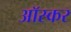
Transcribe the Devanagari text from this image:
आॅस्कर